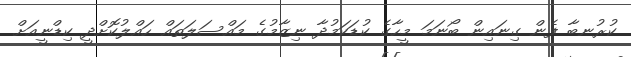
ކުރުނބާ ފެން ގިނައިން ބޯނަމަ މީހާގެ ކުޑަކަމުދާ ނިޒާމުގެ މައްސަލަތައް ހައްލުކޮށްދީ ކިޑްނީއަށް